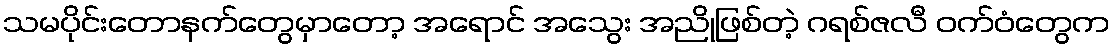
သမပိုင်းတောနက်တွေမှာတော့ အရောင် အသွေး အညိုဖြစ်တဲ့ ဂရစ်ဇလီ ဝက်ဝံတွေက